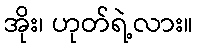
အိုး၊ ဟုတ်ရဲ့လား။